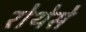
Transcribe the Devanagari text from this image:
रोथेसे